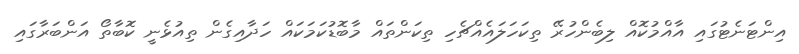
އިންޓަނެޓުގައި އާއްމުކޮއް ލިބެންހުރޭ ތިކަހަލައެއްޗެހި ތިކަންތައް މާބޮޑުކަމަކައް ހަދާއިގެން ތިއުޅެނީ ކޮބާތޯ އަންބަރާގައި